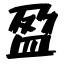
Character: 盈